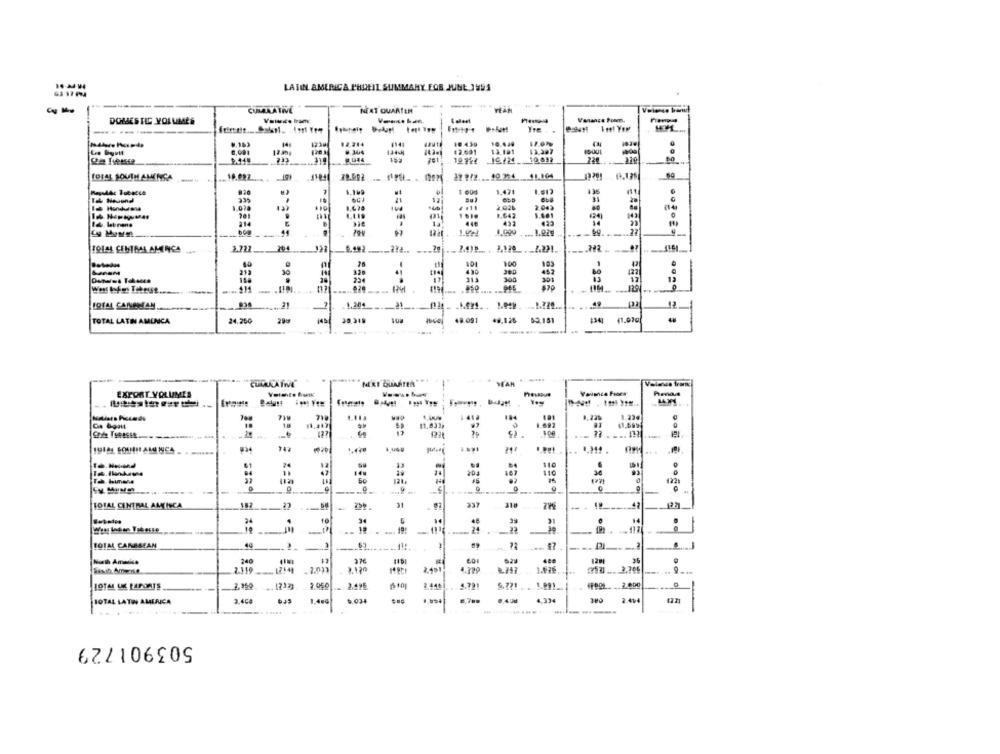
LATIN AMERICA PODEIL SUMMARY FOR JUNE 1991
-..
CUMANATIVE
NEXT QUARTER"
DOMESTIC YOLUMES
Versace from.
-------
12.244
10 439
10.448
12.30g
128
#2.691
13.181
12.307
5.440
1-14
443-1
781
10.032
226
19.424-
COSAS SOUTH AMENGA
18.082.
179. 10234 11.004
820
1.421
135
Tal Nedend
.
21
31
1.01.
110
. . 11
2 021
2 042
701
1.643
14 lebrons
D
14
.... 1.029
HOLA CENTRAL AMENCA
2.722 ___ 204
401
100
380
452
254
300
13
1Q144 CARAMAN
TOTAL LATIN AMLNCA
24,250
100
49.091
48,126
MEKI BAATEN **
YEAH
EXPORT VOLUMES
7W
719
18
11.833;
----
127
742
....
61
110
84
204
167
110
121.
76
1221
-
-
TOTAL CENTRAL AMLINCA
31
337
318
24
10
5
14
10
TOTAL CARESEAN
44
-
-
240
6.01
400
129
2.119- 12140
4.729
1.676
LOTAL UK LAPORTS
--
2,159
2 050
2.496
2.446
4.721
TOTAL LATIN AMERICA
3.404
1.444
$ 034
6.7 ==
4.334
503901729